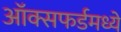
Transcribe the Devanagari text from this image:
ऑक्सफर्डमध्ये